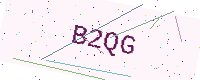
Text: B2QG